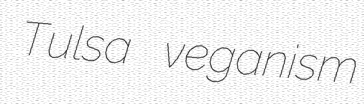
Tulsa veganism